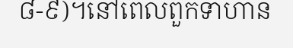
៨-៩)។នៅពេលពួកទាហាន